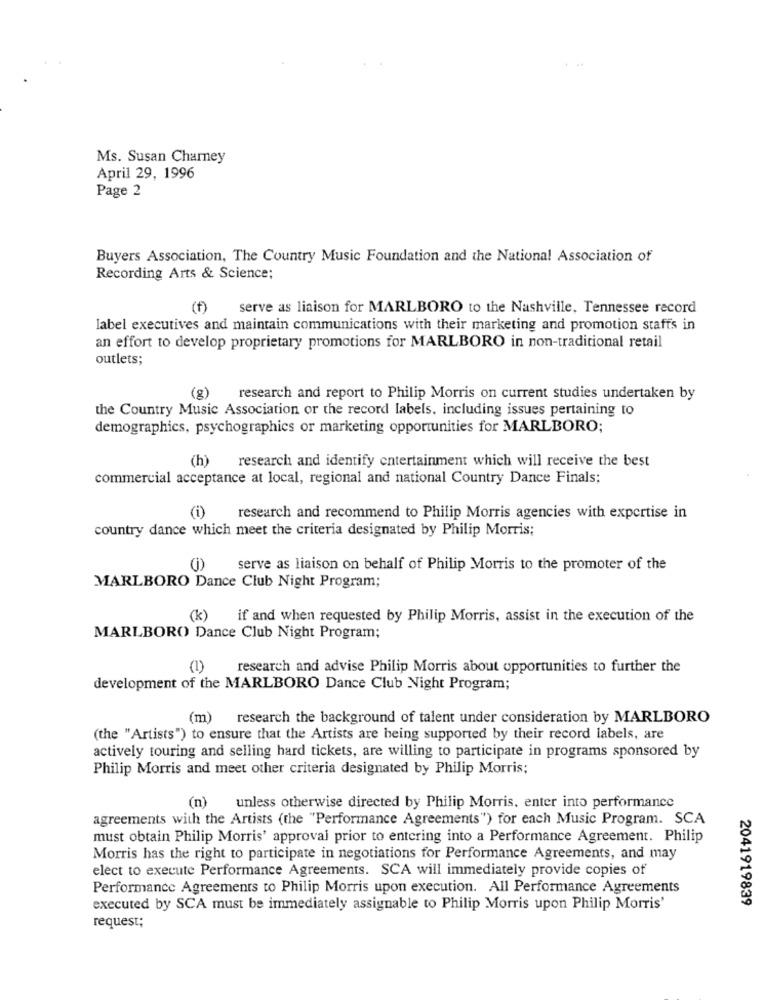
Ms. Susan Charney
April 29, 1996
Page 2
Buyers Association, The Country Music Foundation and the National Association of
Recording Arts & Science;
(f)
serve as liaison for MARLBORO to the Nashville, Tennessee record
label executives and maintain communications with their marketing and promotion staffs in
an effort to develop proprietary promotions for MARLBORO in non-traditional retail
outlets;
(g)
research and report to Philip Morris on current studies undertaken by
the Country Music Association or the record labels, including issues pertaining to
demographics, psychographics or marketing opportunities for MARLBORO;
(h)
research and identify entertainment which will receive the best
commercial acceptance at local, regional and national Country Dance Finals;
(i)
research and recommend to Philip Morris agencies with expertise in
country dance which meet the criteria designated by Philip Morris;
serve as liaison on behalf of Philip Morris to the promoter of the
MARLBORO Dance Club Night Program;
(k)
if and when requested by Philip Morris, assist in the execution of the
MARLBORO Dance Club Night Program;
(1)
research and advise Philip Morris about opportunities to further the
development of the MARLBORO Dance Club Night Program;
(m) research the background of talent under consideration by MARLBORO
(the "Artists") to ensure that the Artists are being supported by their record labels, are
actively touring and selling hard tickets, are willing to participate in programs sponsored by
Philip Morris and meet other criteria designated by Philip Morris;
(n)
unless otherwise directed by Philip Morris, enter into performance
agreements with the Artists (the "Performance Agreements") for each Music Program. SCA
must obtain Philip Morris' approval prior to entering into a Performance Agreement. Philip
Morris has the right to participate in negotiations for Performance Agreements, and may
elect to execute Performance Agreements. SCA will immediately provide copies of
Performance Agreements to Philip Morris upon execution. All Performance Agreements
2041919839
executed by SCA must be immediately assignable to Philip Morris upon Philip Morris'
request;